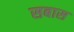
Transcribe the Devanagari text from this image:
सबास